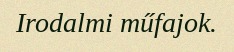
Irodalmi műfajok.